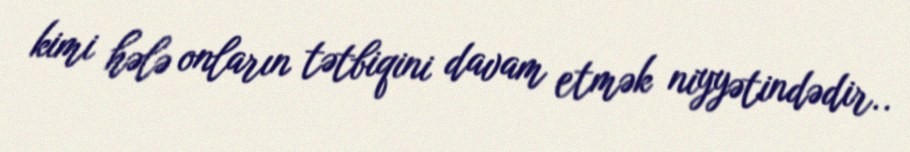
kimi hələ onların tətbiqini davam etmək niyyətindədir..